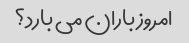
امروز باران می بارد؟